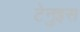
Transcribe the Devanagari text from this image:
टेनुइस